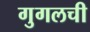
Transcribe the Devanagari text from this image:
गुगलची